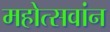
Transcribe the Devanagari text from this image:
महोत्सवांन